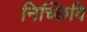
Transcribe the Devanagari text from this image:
निच्छिवि